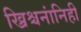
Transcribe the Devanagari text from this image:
ख्रिश्चनांनिही